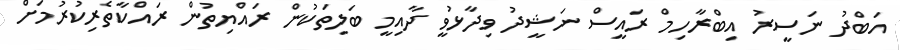
އަބްދު ނަސީރު އިބްރާހިމް ރައީސް ނަޝީދު ވިދާޅުވީ ދާއިމީ ބަލިތަކުން ރައްޔިތުން ރައްކާތެރިކުރުމަށް